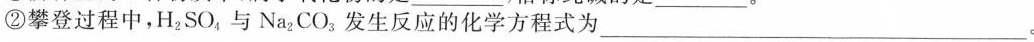
②攀登过程中，H_{2}SO_{4}与Na_{2}CO_{3}发生反应的化学方程式为___。